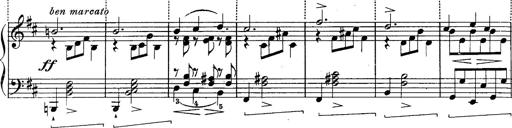
Title: Schubert's Impromptus [revised and edited by Franz Liszt]
Composer: Franz Liszt